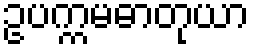
ဥပက္ကမဓာတုယာ